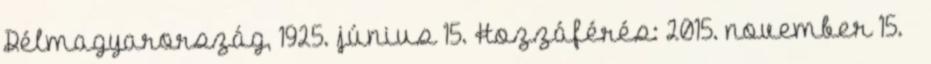
Délmagyarország, 1925. június 15. Hozzáférés: 2015. november 15. ↑